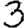
Digit: 3